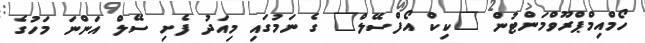
ހޯމްއިމްޕްރޫވްމަންޓުން "ކިކް އޯފްސޭލް" ގެ ނަމުގައި މިއަދު ފެށި ސޭލް އަންނަ މަހުގެ